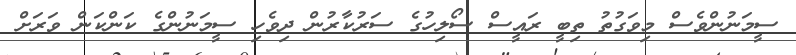
ސީމަނުންވެސް މިވަގުތު ތިބީ ރައީސް ސޯލިހުގެ ސަރުކާރުން ދިވެހި ސީމަނުންގެ ކަންކަން ވަރަށް